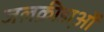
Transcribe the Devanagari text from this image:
जलक्रीडा़ओं